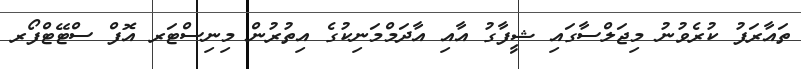
ތައާރަފު ކުރެވުނު މިޖަލްސާގައި ޝީފާގު އާއި އާދަމްމަނިކުގެ އިތުރުން މިނިސްޓަރ އޮފް ސްޓޭޓްފޯރ